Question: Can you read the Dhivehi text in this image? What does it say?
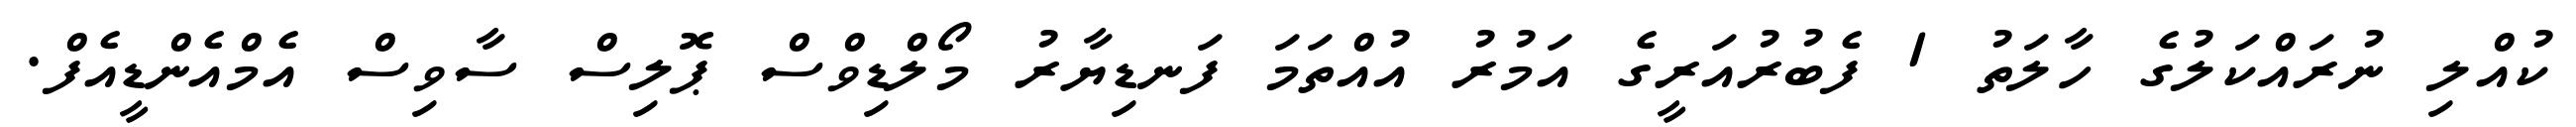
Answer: ކުއްލި ނުރައްކަލުގެ ހާލަތު 1 ފެބުރުއަރީގެ އަމުރު އުއްތަމަ ފަނޑިޔާރު މޯލްޑިވްސް ޕޮލިސް ސާވިސް އެމްއެންޑީއެފް.